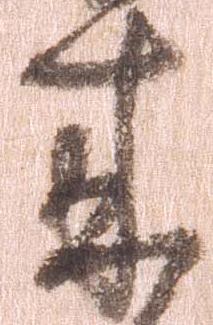
来